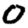
Digit: 0